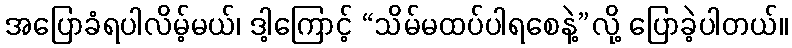
အပြောခံရပါလိမ့်မယ်၊ ဒါ့ကြောင့် “သိမ်မထပ်ပါရစေနဲ့”လို့ ပြောခဲ့ပါတယ်။